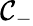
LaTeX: \mathcal{C}_{-}